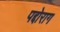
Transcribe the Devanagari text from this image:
पद्दोराग